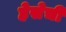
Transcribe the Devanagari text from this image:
हेसेची